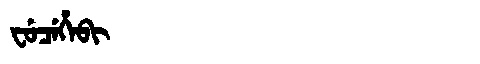
Manchu: ᠸᡠᠴᡝᡥᡝᠪᡳ
Romanization: FUCEHEBI